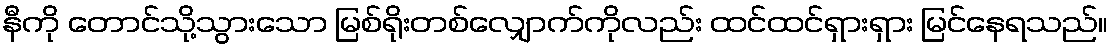
နီကို တောင်သို့သွားသော မြစ်ရိုးတစ်လျှောက်ကိုလည်း ထင်ထင်ရှားရှား မြင်နေရသည်။